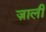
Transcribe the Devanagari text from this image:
ज़ाली